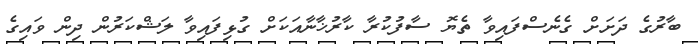
ބާރުގެ ދަށަށް ގެނެސްފައިވާ ތެޔޮ ސާފުކުރާ ކާރުޚާނާއަކަށް ގުޅިފައިވާ ލަޝްކަރުން ދިން ވައިގެ